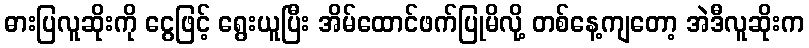
ဓားပြလူဆိုးကို ငွေဖြင့် ရွေးယူပြီး အိမ်ထောင်ဖက်ပြုမိလို့ တစ်နေ့ကျတော့ အဲဒီလူဆိုးက